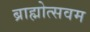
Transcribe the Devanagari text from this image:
ब्राह्मोत्सवम